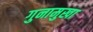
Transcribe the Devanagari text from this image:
गुनामुखा